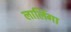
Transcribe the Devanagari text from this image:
लालिंगा